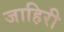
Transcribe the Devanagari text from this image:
जाहिरी